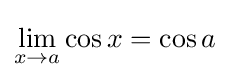
\lim _{x\to a}\cos x=\cos a